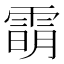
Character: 𬯿